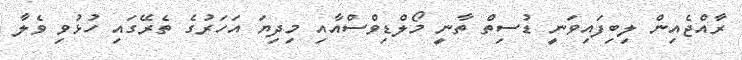
ރާއްޖެއިން ލިބިފައިވަނީ ޑުސިތް ތާނީ މޯލްޑިވްސްއާއި މިދިޔަ އަހަރުގެ ތެރޭގައި ހުޅުވި ވެލާ